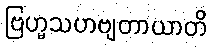
ဗြဟ္မသဟဗျတာယာတိ